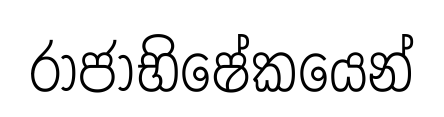
රාජාභිෂේකයෙන්